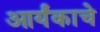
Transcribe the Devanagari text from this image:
आर्यंकाचे